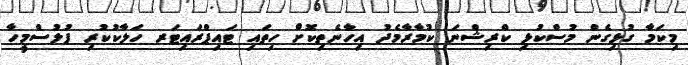
މިކަމާ ގުޅިގެން މުސްކުޅި ކްރިޝްނަ ކުމާރާމެދު އިހާނެތިކޮށް ހިތައި ޓައިޕްރައިޓަރ ހަލާކުކުރި ފުލުސްމީހާ